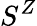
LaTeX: S^{Z}